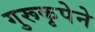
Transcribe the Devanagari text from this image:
गुरूकृपेने